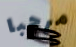
مرحبا